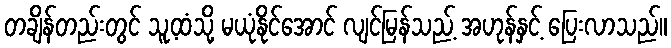
တချိန်တည်းတွင် သူ့ထံသို့ မယုံနိုင်အောင် လျင်မြန်သည့် အဟုန်နှင့် ပြေးလာသည်။